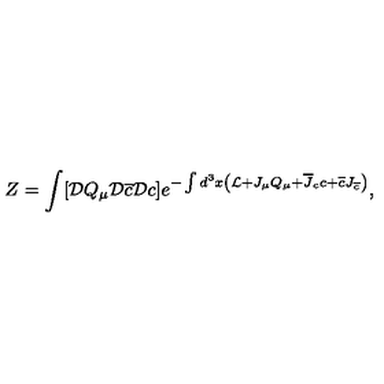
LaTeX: Z = \int [ { \cal D } Q _ { \mu } { \cal D } \overline { { c } } { \cal D } c ] e ^ { - \int d ^ { 3 } x \left( { \cal L } + J _ { \mu } Q _ { \mu } + \overline { { J } } _ { c } c + \overline { { c } } J _ { \overline { c } } \right) } ,